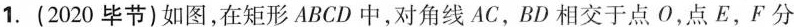
1. (2020毕节)如图，在矩形ABCD中，对角线AC，BD相交于点O，点E，F分